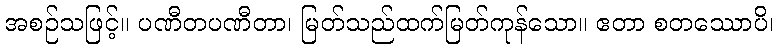
အစဉ်သဖြင့်။ ပဏီတပဏီတာ၊ မြတ်သည်ထက်မြတ်ကုန်သော။ ဧတာ စတဿောပိ၊